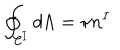
\oint _ { { \cal C } ^ { I } } d \Lambda = \pi n ^ { I }